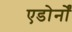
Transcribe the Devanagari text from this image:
एडोर्नों